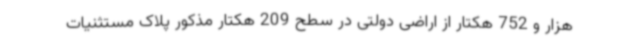
هزار و 752 هکتار از اراضی دولتی در سطح 209 هکتار مذکور پلاک مستثنیات